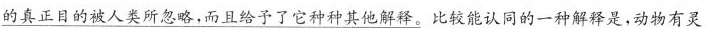
的真正目的被人类所忽略，而且给予了它种种其他解释。比较能认同的一种解释是，动物有灵